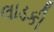
લાડકી